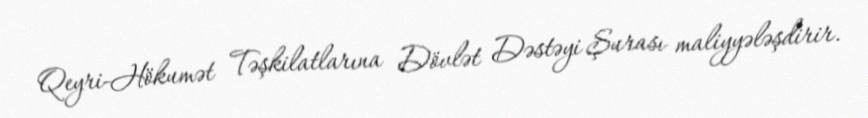
Qeyri-Hökumət Təşkilatlarına Dövlət Dəstəyi Şurası maliyyələşdirir.